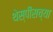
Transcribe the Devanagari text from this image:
थेस्पीसच्या